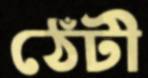
ঠেঁটী